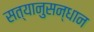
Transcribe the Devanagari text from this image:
सत्यानुसन्धान